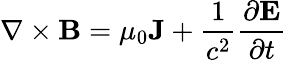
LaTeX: \nabla\times\mathbf{B}=\mu_{0}\mathbf{J}+{\frac{1}{c^{2}}}{\frac{\partial\mathbf{E}}{\partial t}}